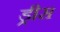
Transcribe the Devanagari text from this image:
ड्रीस